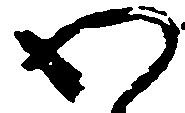
わ